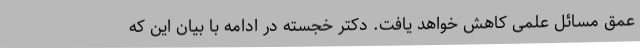
عمق مسائل علمی کاهش خواهد یافت. دکتر خجسته در ادامه با بیان این که